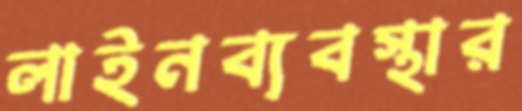
লাইনব্যবস্থার